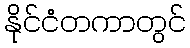
နိုင်ငံတကာတွင်